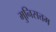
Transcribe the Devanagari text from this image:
मुनिसत्तम